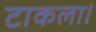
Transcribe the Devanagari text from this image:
टाकला।